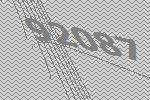
92087